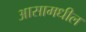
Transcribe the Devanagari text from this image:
आसामधील